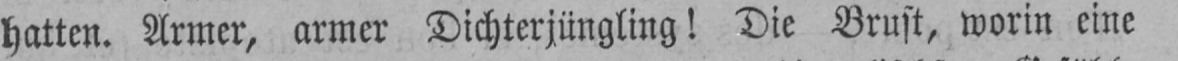
hatten. Armer, armer Dichterjüngling! Die Brust, worin eine